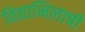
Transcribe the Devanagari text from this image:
विद्याभिलाषी